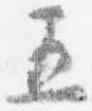
五